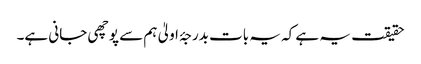
حقیقت یہ ہے کہ یہ بات بدرجۂ اولیٰ ہم سے پوچھی جانی ہے۔